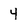
Character: 4